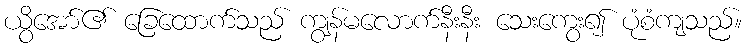
ယွိအော်၏ ခြေထောက်သည် ကျွန်မလောက်နီးနီး သေးကွေး၍ ပုံစံကျသည်။